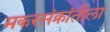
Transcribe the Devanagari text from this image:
मकरसंक्रांतीला